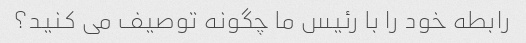
رابطه خود را با رئیس ما چگونه توصیف می کنید؟